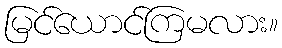
မြင်ယောင်ကြမလား။